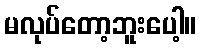
မလုပ်တော့ဘူးပေါ့။